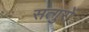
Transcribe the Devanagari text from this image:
सत्गुरों